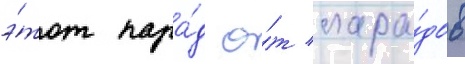
э́тот пара́д о́т пара́дов